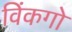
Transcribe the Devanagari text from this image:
विंकगो